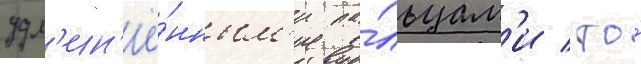
удл'ин'ё́нным'и па́льцам'и / то́